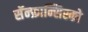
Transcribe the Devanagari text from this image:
सॅन्‍फ्रान्सिस्को